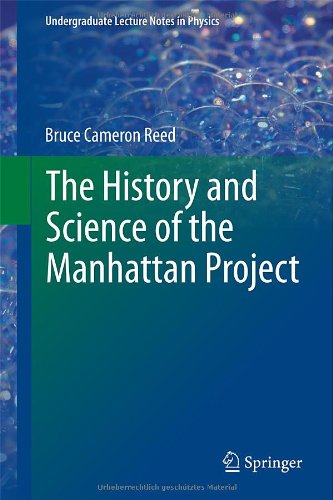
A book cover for The History and Science of the Manhattan Project (Undergraduate Lecture Notes in Physics); Bruce Cameron Reed; Science & Math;